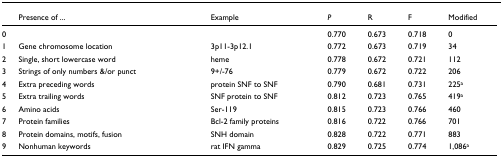
|  | Presence of ... | Example | P | R | F | Modified |
 | --- | --- | --- | --- | --- | --- | --- |
 | 0 |  |  | 0.770 | 0.673 | 0.718 | 0 |
 | 1 | Gene chromosome location | 3p11-3p12.1 | 0.772 | 0.673 | 0.719 | 34 |
 | 2 | Single, short lowercase word | heme | 0.778 | 0.672 | 0.721 | 112 |
 | 3 | Strings of only numbers &/or punct | 9+/-76 | 0.779 | 0.672 | 0.722 | 206 |
 | 4 | Extra preceding words | protein SNF to SNF | 0.790 | 0.681 | 0.731 | 225a |
 | 5 | Extra trailing words | SNF protein to SNF | 0.812 | 0.723 | 0.765 | 419a |
 | 6 | Amino acids | Ser-119 | 0.815 | 0.723 | 0.766 | 460 |
 | 7 | Protein families | Bcl-2 family proteins | 0.816 | 0.722 | 0.766 | 701 |
 | 8 | Protein domains, motifs, fusion | SNH domain | 0.828 | 0.722 | 0.771 | 883 |
 | 9 | Nonhuman keywords | rat IFN gamma | 0.829 | 0.725 | 0.774 | 1,086a |